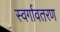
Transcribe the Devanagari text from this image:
स्वर्गावतरण